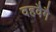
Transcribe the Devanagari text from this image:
वहवैगै